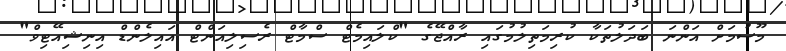
މޫސުމަށް އަންނަ ބަދަލުތަކާ ކުރިމަތިލުމުގައި ރާއްޖޭގެ "ކްލައިމެޓް ސްމާޓް ރެސިލިއަންޓް އައިލެންޑް އިނިޝިއޭޓިވް"